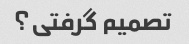
تصمیم گرفتی؟